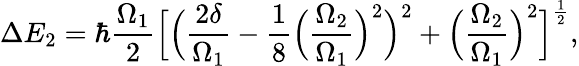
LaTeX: \Delta E_{2}=\hbar\frac{\Omega_{1}}{2}\Big[\Big(\frac{2\delta}{\Omega_{1}}-\frac{1}{8}\Big(\frac{\Omega_{2}}{\Omega_{1}}\Big)^{2}\Big)^{2}+\Big(\frac{\Omega_{2}}{\Omega_{1}}\Big)^{2}\Big]^{\frac{1}{2}},